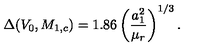
\Delta ( V _ { 0 } , M _ { 1 , c } ) = 1 . 8 6 \left( { \frac { a _ { 1 } ^ { 2 } } { \mu _ { r } } } \right) ^ { 1 / 3 } .